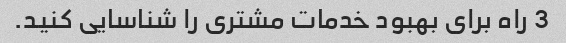
3 راه برای بهبود خدمات مشتری را شناسایی کنید.